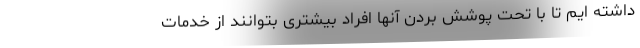
داشته ایم تا با تحت پوشش بردن آنها افراد بیشتری بتوانند از خدمات